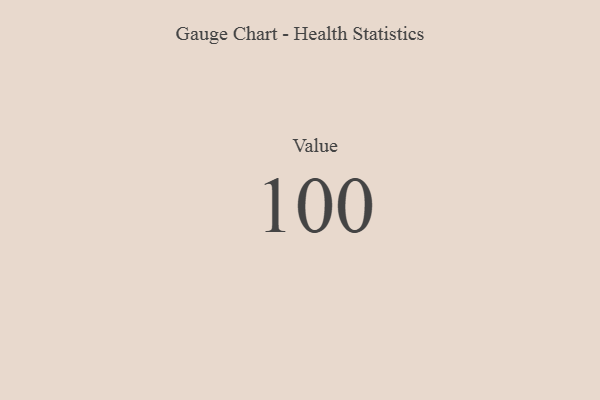
{"axis": {"x": "Metric", "y": "Value"}, "legend": [""], "data": [{"x": "Value", "y": 100, "type": ""}]}